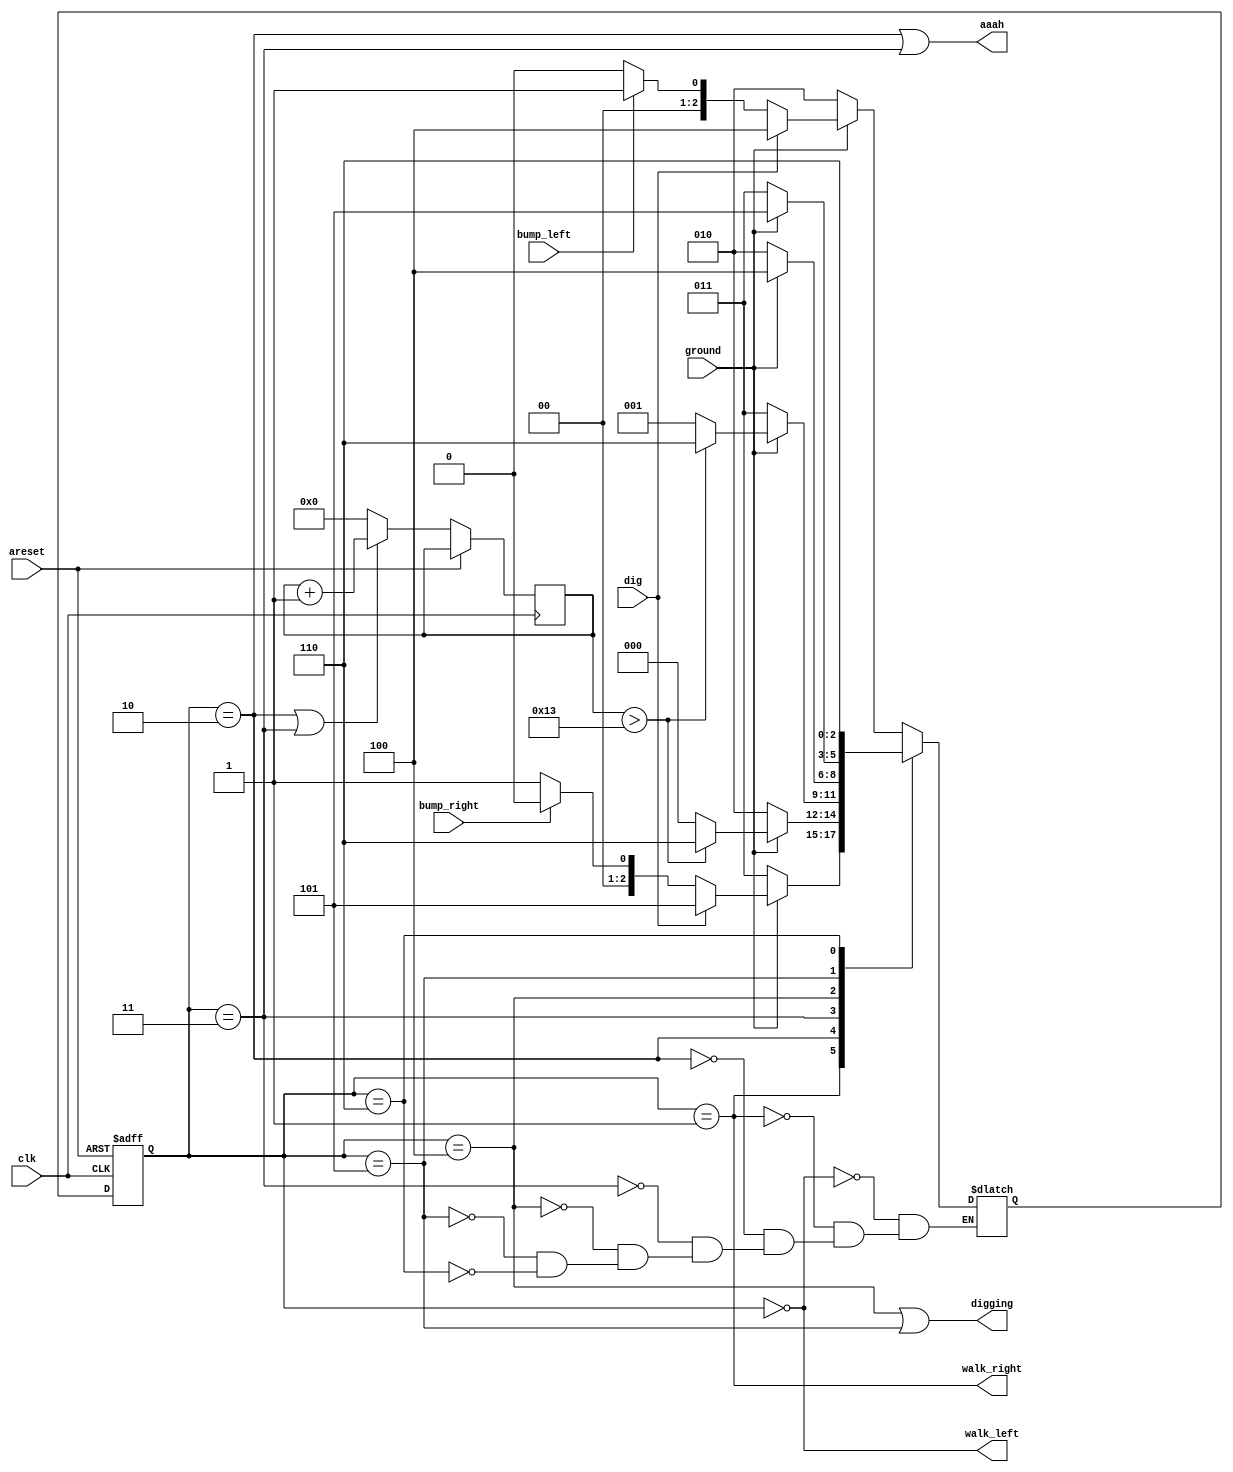
module top_module(
    input clk,
    input areset,    // Freshly brainwashed Lemmings walk left.
    input bump_left,
    input bump_right,
    input ground,
    input dig,
    output walk_left,
    output walk_right,
    output aaah,
    output digging ); 
	parameter LEFT=0,RIGHT=1,FALL_L=2,FALL_R=3,DIG_L=4,DIG_R=5,SPLATTER=6;
    reg [2:0] state,next_state;
    reg [6:0] count;
    always @(*) begin
        case(state)
            LEFT : next_state = (~ground) ? FALL_L : (dig) ? DIG_L : (bump_left) ? RIGHT : LEFT;
            RIGHT : next_state = (~ground) ? FALL_R : (dig) ? (DIG_R) : (bump_right) ? LEFT : RIGHT; 
            FALL_L : next_state = (ground) ? ((count>19) ? SPLATTER : LEFT) : FALL_L;
            FALL_R : next_state = (ground) ? ((count>19) ? SPLATTER : RIGHT) : FALL_R;
            DIG_L  : next_state = (ground) ? DIG_L : FALL_L;
            DIG_R  : next_state = (ground) ? DIG_R : FALL_R;
            SPLATTER : next_state = SPLATTER;
        endcase
    end
    always @(posedge clk or posedge areset) begin
        if(areset)
            state<=LEFT;
        else if(state==FALL_L |state== FALL_R) begin
            state<=next_state;
        	count<=count + 1;
        end
        else begin
            state<=next_state;
        	count<=0;
    end
    end
    assign walk_left = (state == LEFT);
    assign walk_right = (state == RIGHT);
    assign aaah = ((state == FALL_L) || (state == FALL_R));
    assign digging = ((state == DIG_L) || (state == DIG_R));
endmodule